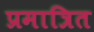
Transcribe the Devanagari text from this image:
प्रमात्रित